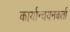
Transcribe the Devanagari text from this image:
कार्यान्वयनकर्ता